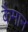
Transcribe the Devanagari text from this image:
कैमान